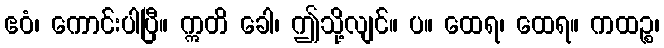
ဧဝံ၊ ကောင်းပါပြီ။ ဣတိ ခေါ၊ ဤသို့လျင်။ ပ။ ထေရ၊ ထေရ။ ကထဉ္စ၊